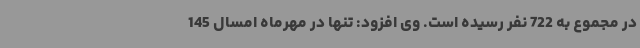
در مجموع به 722 نفر رسیده است. وی افزود: تنها در مهرماه امسال 145